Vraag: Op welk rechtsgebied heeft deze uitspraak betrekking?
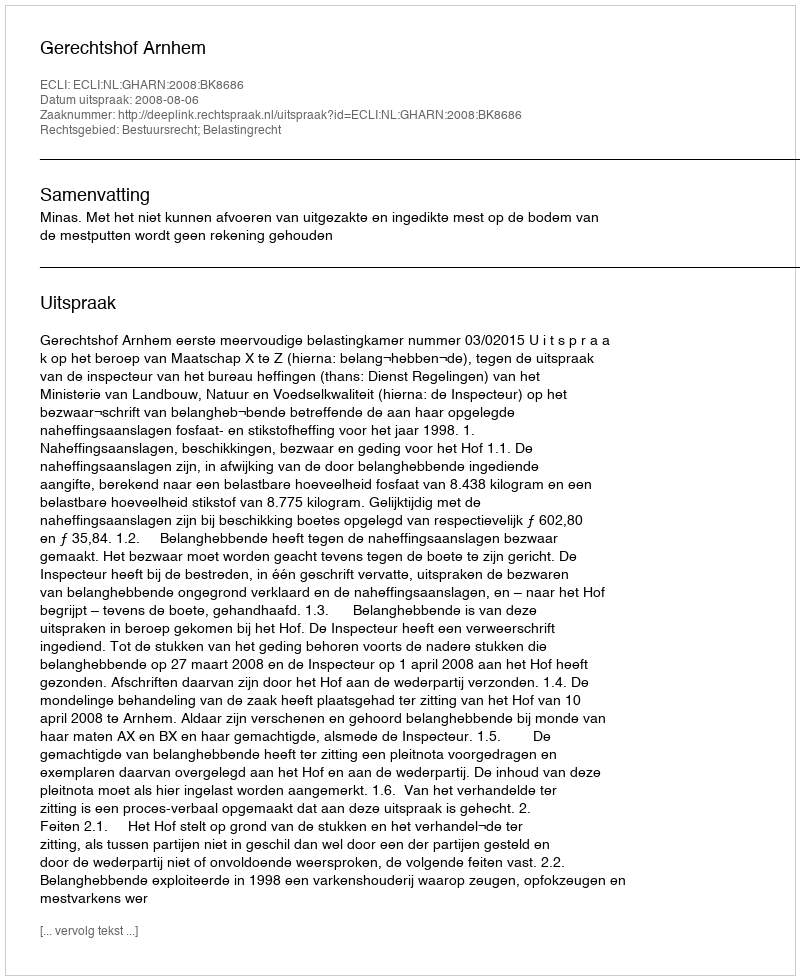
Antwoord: Bestuursrecht; Belastingrecht